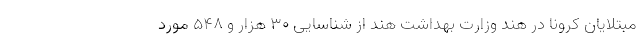
مبتلایان کرونا در هند وزارت بهداشت هند از شناسایی ۳۰ هزار و ۵۴۸ مورد